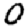
Digit: 0